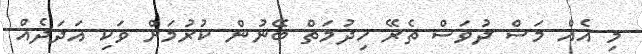
މި އެއް މަސް ދުވަސް ތެރޭ ޚިދުމަތް ބޭނުން ކުރުމަށް ވަކި އަދަދެއް